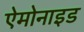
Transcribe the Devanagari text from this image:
ऐमोनाइड